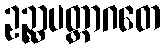
ဥဉ္ဆာပတ္တာဂတေ